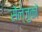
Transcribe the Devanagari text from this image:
सेल्जुकों